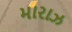
મારાઝ